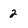
Character: 2